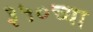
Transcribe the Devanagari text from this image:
३५०च्या